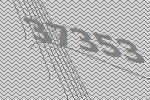
37353